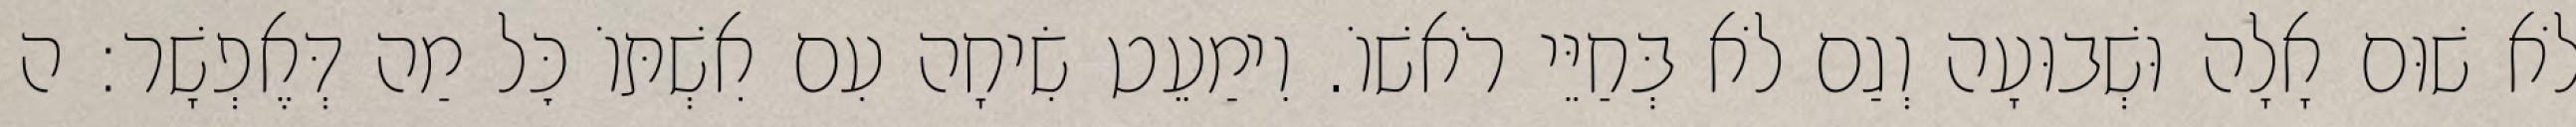
לֹא שׁוּם אָלָה וּשְׁבוּעָה וְגַם לֹא בְּחַיֵּי רֹאשׁוֹ. וִימַעֵט שִׂיחָה עִם אִשְׁתּוֹ כׇּל מַה דְּאֶפְשָׁר: ה